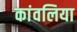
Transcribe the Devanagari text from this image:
कांवलिया